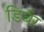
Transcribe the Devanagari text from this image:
डिबॅर